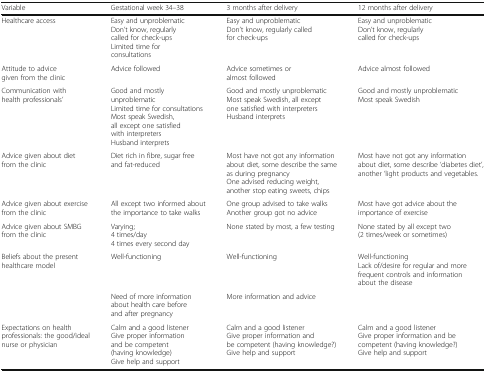
<table><thead><tr><td><b>Variable</b></td><td><b>Gestational week 34–38</b></td><td><b>3 months after delivery</b></td><td><b>12 months after delivery</b></td></tr></thead><tbody><tr><td>Healthcare access</td><td>Easy and unproblematicDon’t know, regularly called for check-upsLimited time for consultations</td><td>Easy and unproblematicDon’t know, regularly called for check-ups</td><td>Easy and unproblematicDon’t know, regularly called for check-ups</td></tr><tr><td>Attitude to advice given from the clinic</td><td>Advice followed</td><td>Advice sometimes or almost followed</td><td>Advice almost followed</td></tr><tr><td>Communication with health professionals’</td><td>Good and mostly unproblematicLimited time for consultationsMost speak Swedish, all except one satisfied with interpreters Husband interprets</td><td>Good and mostly unproblematicMost speak Swedish, all except one satisfied with interpretersHusband interprets</td><td>Good and mostly unproblematicMost speak Swedish</td></tr><tr><td>Advice given about diet from the clinic</td><td>Diet rich in fibre, sugar free and fat-reduced</td><td>Most have not got any information about diet, some describe the same as during pregnancyOne advised reducing weight, another stop eating sweets, chips</td><td>Most have not got any information about diet, some describe ‘diabetes diet’, another ‘light products and vegetables.</td></tr><tr><td>Advice given about exercise from the clinic</td><td>All except two informed about the importance to take walks</td><td>One group advised to take walksAnother group got no advice</td><td>Most have got advice about the importance of exercise</td></tr><tr><td>Advice given about SMBG from the clinic</td><td>Varying;4 times/day4 times every second day</td><td>None stated by most, a few testing</td><td>None stated by all except two (2 times/week or sometimes)</td></tr><tr><td>Beliefs about the present healthcare model</td><td>Well-functioning</td><td>Well-functioning</td><td>Well-functioningLack of/desire for regular and more frequent controls and information about the disease</td></tr><tr><td></td><td>Need of more information about health care before and after pregnancy</td><td>More information and advice</td><td></td></tr><tr><td>Expectations on health professionals: the good/ideal nurse or physician</td><td>Calm and a good listenerGive proper information and be competent (having knowledge)Give help and support</td><td>Calm and a good listenerGive proper information and be competent (having knowledge?)Give help and support</td><td>Calm and a good listenerGive proper information and be competent (having knowledge?)Give help and support</td></tr></tbody></table>